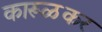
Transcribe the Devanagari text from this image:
कारूळकर